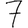
Digit: 7